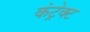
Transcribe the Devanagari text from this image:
कंट्रेक्ट